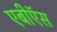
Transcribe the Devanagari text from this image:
एबीऍस